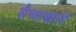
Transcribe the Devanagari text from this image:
सैन्याखाली